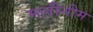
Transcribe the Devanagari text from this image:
मलीनीम